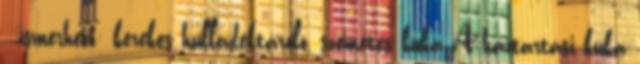
. ismerheti: kerekes hulladéktároló, szemetes kuka A háztartási kuka